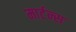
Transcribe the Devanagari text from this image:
मार्टन्स